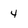
Character: 4